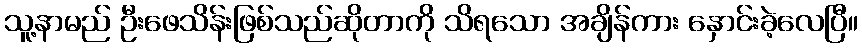
သူ့နာမည် ဦးဖေသိန်းဖြစ်သည်ဆိုတာကို သိရသော အချိန်ကား နှောင်းခဲ့လေပြီ။